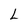
Character: L